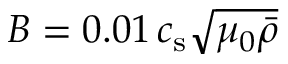
B = 0 . 0 1 \, c _ { \mathrm { s } } \sqrt { \mu _ { 0 } \bar { \rho } }